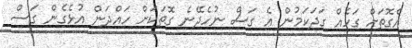
އެގޮތަށް ގަހެއް ގަދަކަމުން އެ ގަސް ނުހެދޭނެ ގޮތަކަށް ހައްދަން އުޅެގެން ގަސް